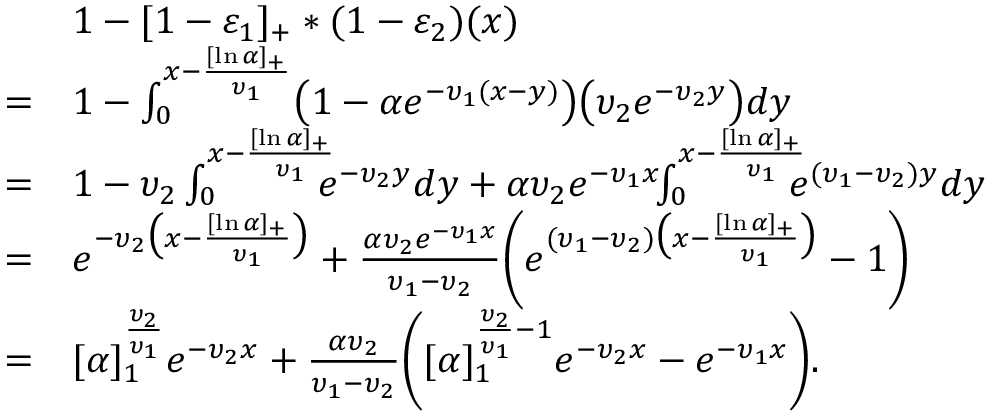
\begin{array} { r l } & { 1 - [ 1 - \varepsilon _ { 1 } ] _ { + } \ast ( 1 - \varepsilon _ { 2 } ) ( x ) } \\ { = } & { 1 - \int _ { 0 } ^ { x - \frac { [ \ln \alpha ] _ { + } } { \upsilon _ { 1 } } } \bigl ( 1 - \alpha e ^ { - \upsilon _ { 1 } ( x - y ) } \bigr ) \bigl ( \upsilon _ { 2 } e ^ { - \upsilon _ { 2 } y } \bigr ) d y } \\ { = } & { 1 - \upsilon _ { 2 } \int _ { 0 } ^ { x - \frac { [ \ln \alpha ] _ { + } } { \upsilon _ { 1 } } } \! \! \! \! e ^ { - \upsilon _ { 2 } y } d y + \alpha \upsilon _ { 2 } e ^ { - \upsilon _ { 1 } x } \! \! \int _ { 0 } ^ { x - \frac { [ \ln \alpha ] _ { + } } { \upsilon _ { 1 } } } \! \! \! \! e ^ { ( \upsilon _ { 1 } - \upsilon _ { 2 } ) y } d y } \\ { = } & { e ^ { - \upsilon _ { 2 } \bigl ( x - \frac { [ \ln \alpha ] _ { + } } { \upsilon _ { 1 } } \bigr ) } + \frac { \alpha \upsilon _ { 2 } e ^ { - \upsilon _ { 1 } x } } { \upsilon _ { 1 } - \upsilon _ { 2 } } \biggl ( e ^ { ( \upsilon _ { 1 } - \upsilon _ { 2 } ) \bigl ( x - \frac { [ \ln \alpha ] _ { + } } { \upsilon _ { 1 } } \bigr ) } - 1 \biggr ) } \\ { = } & { [ \alpha ] _ { 1 } ^ { \frac { \upsilon _ { 2 } } { \upsilon _ { 1 } } } e ^ { - \upsilon _ { 2 } x } + \frac { \alpha \upsilon _ { 2 } } { \upsilon _ { 1 } - \upsilon _ { 2 } } \biggl ( [ \alpha ] _ { 1 } ^ { \frac { \upsilon _ { 2 } } { \upsilon _ { 1 } } - 1 } e ^ { - \upsilon _ { 2 } x } - e ^ { - \upsilon _ { 1 } x } \biggr ) . } \end{array}